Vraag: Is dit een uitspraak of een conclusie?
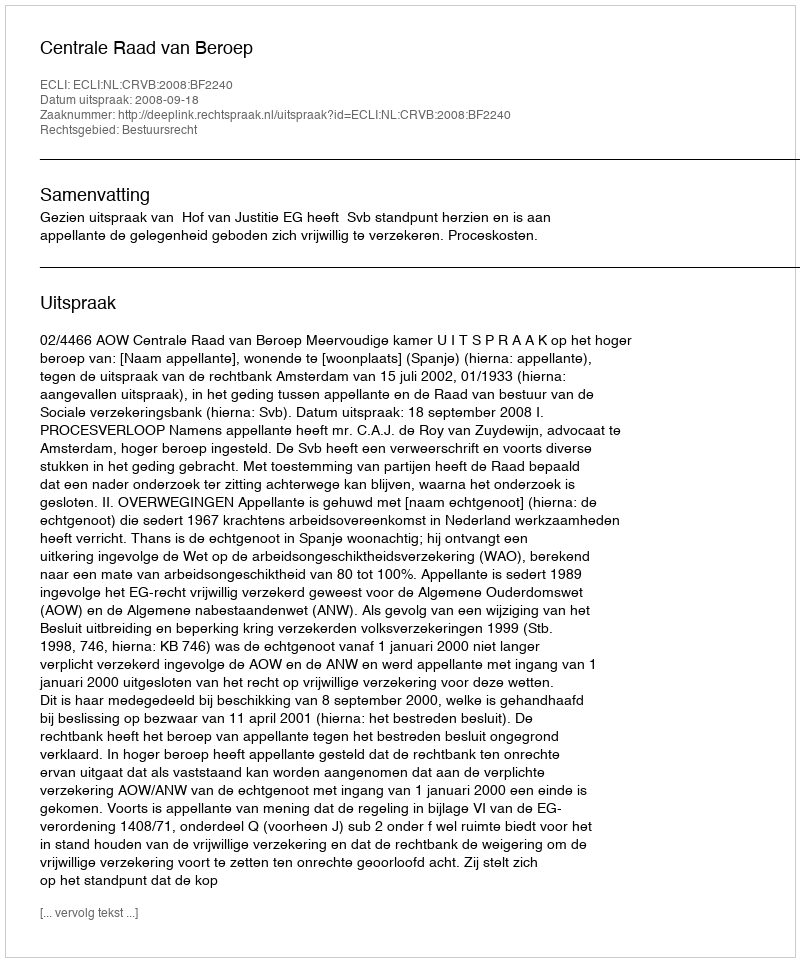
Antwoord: Uitspraak